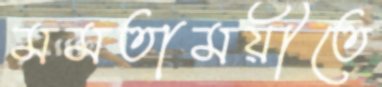
মমতাময়ীতে